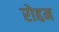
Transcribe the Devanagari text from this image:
रोद्दम